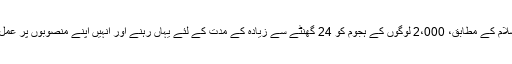
اور صرف یہی نہیں ڈاکٹر ظفرالاسلام کے مطابق، 2،000 لوگوں کے ہجوم کو 24 گھنٹے سے زیادہ کے مدت کے لئے یہاں رہنے اور انہیں اپنے منصوبوں پر عمل کرنے کی اجازت دی گئی تھی‘‘۔